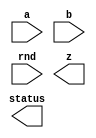

////////////////////////////////////////////////////////////////////////////////
//
//       This confidential and proprietary software may be used only
//     as authorized by a licensing agreement from Synopsys Inc.
//     In the event of publication, the following notice is applicable:
//
//                    (C) COPYRIGHT 2006 - 2018 SYNOPSYS INC.
//                           ALL RIGHTS RESERVED
//
//       The entire notice above must be reproduced on all authorized
//     copies.
//
//
// VERSION:   Verilog Simulation Model for DW_fp_div
//
// DesignWare_version: f6e5eef2
// DesignWare_release: O-2018.06-DWBB_201806.5
//
////////////////////////////////////////////////////////////////////////////////

//-------------------------------------------------------------------------------
//
// ABSTRACT: Floating-Point Divider
//
//              DW_fp_div calculates the floating-point division
//              while supporting six rounding modes, including four IEEE
//              standard rounding modes.
//
//              parameters      valid values (defined in the DW manual)
//              ==========      ============
//              sig_width       significand size,  2 to 253 bits
//              exp_width       exponent size,     3 to 31 bits
//              ieee_compliance support the IEEE Compliance 
//                              0 - IEEE 754 compatible without denormal support
//                                  (NaN becomes Infinity, Denormal becomes Zero)
//                              1 - IEEE 754 compatible with denormal support
//                                  (NaN and denormal numbers are supported)
//              faithful_round  select the faithful_rounding that admits 1 ulp error
//                              0 - default value. it keeps all rounding modes
//                              1 - z has 1 ulp error. RND input does not affect
//                                  the output
//
//              Input ports     Size & Description
//              ===========     ==================
//              a               (sig_width + exp_width + 1)-bits
//                              Floating-point Number Input
//              b               (sig_width + exp_width + 1)-bits
//                              Floating-point Number Input
//              rnd             3 bits
//                              Rounding Mode Input
//
//              Output ports    Size & Description
//              ============    ==================
//              z               (sig_width + exp_width + 1)-bits
//                              Floating-point Number Output
//              status          8 bits
//                              Status Flags Output
//

// MODIFIED: 
//   5/7/2007 (0703-SP2):
//     Fixed the rounding error of denormal numbers when ieee_compliance = 1
//   10/18/2007 (0712):
//     Fixed the 'divide by zero' flag when 0/0 
//   1/2/2008 (0712-SP1):
//     New parameter, faithful_round, is introduced
//   6/4/2010 (2010.03-SP3):
//     Removed VCS error [IRIPS] when sig_width = 2 and 3.
//   3/31/2017 (2016.12-SP3): STAR 9001167381
//     Fix of output z between zero and minnorm issue
//   6/15/2017 (2016.12-SP5): Fix of STAR 9001189734 and 9001210054
//   5/01/2018 (2018.06): Modification for the full parameter coverage
//                        at each implementation.
//-----------------------------------------------------------------------------

module DW_fp_div (a, b, rnd, z, status);

  parameter integer sig_width = 10;      // range 2 to 253
  parameter integer exp_width = 5;       // range 3 to 31
  parameter integer ieee_compliance = 0; // range 0 to 1
  parameter integer faithful_round = 0;  // range 0 to 1

  input  [sig_width + exp_width:0] a;
  input  [sig_width + exp_width:0] b;
  input  [2:0] rnd;
  output [sig_width + exp_width:0] z;
  output [7:0] status;

  // synopsys translate_off






  localparam OIIlOlO1 = (faithful_round == 1) && (sig_width >= 11) && (sig_width <= 57);

  //-------------------------------------------------------------------------
  // parameter legality check
  //-------------------------------------------------------------------------
    
 
  initial begin : parameter_check
    integer param_err_flg;

    param_err_flg = 0;
    
      
    if ( (sig_width < 2) || (sig_width > 253) ) begin
      param_err_flg = 1;
      $display(
	"ERROR: %m :\n  Invalid value (%d) for parameter sig_width (legal range: 2 to 253)",
	sig_width );
    end
      
    if ( (exp_width < 3) || (exp_width > 31) ) begin
      param_err_flg = 1;
      $display(
	"ERROR: %m :\n  Invalid value (%d) for parameter exp_width (legal range: 3 to 31)",
	exp_width );
    end
      
    if ( (ieee_compliance < 0) || (ieee_compliance > 1) ) begin
      param_err_flg = 1;
      $display(
	"ERROR: %m :\n  Invalid value (%d) for parameter ieee_compliance (legal range: 0 to 1)",
	ieee_compliance );
    end
      
    if ( (faithful_round < 0) || (faithful_round > 1) ) begin
      param_err_flg = 1;
      $display(
	"ERROR: %m :\n  Invalid value (%d) for parameter faithful_round (legal range: 0 to 1)",
	faithful_round );
    end
    
    if ( param_err_flg == 1) begin
      $display(
        "%m :\n  Simulation aborted due to invalid parameter value(s)");
      $finish;
    end

  end // parameter_check 

  //-------------------------------------------------------------------------


  function [4-1:0] lOOOII1l;
  
    input [2:0] rnd;
    input [0:0] lO011100;
    input [0:0] I0O0O0OO,O011IOO0,I101O11O;

    begin
      lOOOII1l[0] = 0;
      lOOOII1l[1] = O011IOO0|I101O11O;
      lOOOII1l[2] = 0;
      lOOOII1l[3] = 0;
      
      if ($time > 0)
      begin
        case (rnd)
          3'b000:
          begin
            // round to nearest (even)
            lOOOII1l[0] = O011IOO0&(I0O0O0OO|I101O11O);
            lOOOII1l[2] = 1;
            lOOOII1l[3] = 0;
          end
          3'b001:
          begin
            // round to zero
            lOOOII1l[0] = 0;
            lOOOII1l[2] = 0;
            lOOOII1l[3] = 0;
          end
          3'b010:
          begin
            // round to positive infinity
            lOOOII1l[0] = ~lO011100 & (O011IOO0|I101O11O);
            lOOOII1l[2] = ~lO011100;
            lOOOII1l[3] = ~lO011100;
          end
          3'b011:
          begin
            // round to negative infinity
            lOOOII1l[0] = lO011100 & (O011IOO0|I101O11O);
            lOOOII1l[2] = lO011100;
            lOOOII1l[3] = lO011100;
          end
          3'b100:
          begin
            // round to nearest (up)
            lOOOII1l[0] = O011IOO0;
            lOOOII1l[2] = 1;
            lOOOII1l[3] = 0;
          end
          3'b101:
          begin
            // round away form 0
            lOOOII1l[0] = O011IOO0|I101O11O;
            lOOOII1l[2] = 1;
            lOOOII1l[3] = 1;
          end
          default:
          begin
            $display("error! illegal rounding mode.\n");
            $display("a : %b", a);
            $display("rnd : %b", rnd);
          end
        endcase
      end
    end
  endfunction

  reg [(exp_width + sig_width):0] l1l1O100;
  reg [exp_width-1:0] lO101111,lI00O00I;
  reg signed [((exp_width <= 29) ? (((1 << exp_width) + sig_width + ((1 << (exp_width-1)) - 1) - 1>65536)?(((1 << exp_width) + sig_width + ((1 << (exp_width-1)) - 1) - 1>16777216)?(((1 << exp_width) + sig_width + ((1 << (exp_width-1)) - 1) - 1>268435456)?(((1 << exp_width) + sig_width + ((1 << (exp_width-1)) - 1) - 1>536870912)?30:29):(((1 << exp_width) + sig_width + ((1 << (exp_width-1)) - 1) - 1>67108864)?(((1 << exp_width) + sig_width + ((1 << (exp_width-1)) - 1) - 1>134217728)?28:27):(((1 << exp_width) + sig_width + ((1 << (exp_width-1)) - 1) - 1>33554432)?26:25))):(((1 << exp_width) + sig_width + ((1 << (exp_width-1)) - 1) - 1>1048576)?(((1 << exp_width) + sig_width + ((1 << (exp_width-1)) - 1) - 1>4194304)?(((1 << exp_width) + sig_width + ((1 << (exp_width-1)) - 1) - 1>8388608)?24:23):(((1 << exp_width) + sig_width + ((1 << (exp_width-1)) - 1) - 1>2097152)?22:21)):(((1 << exp_width) + sig_width + ((1 << (exp_width-1)) - 1) - 1>262144)?(((1 << exp_width) + sig_width + ((1 << (exp_width-1)) - 1) - 1>524288)?20:19):(((1 << exp_width) + sig_width + ((1 << (exp_width-1)) - 1) - 1>131072)?18:17)))):(((1 << exp_width) + sig_width + ((1 << (exp_width-1)) - 1) - 1>256)?(((1 << exp_width) + sig_width + ((1 << (exp_width-1)) - 1) - 1>4096)?(((1 << exp_width) + sig_width + ((1 << (exp_width-1)) - 1) - 1>16384)?(((1 << exp_width) + sig_width + ((1 << (exp_width-1)) - 1) - 1>32768)?16:15):(((1 << exp_width) + sig_width + ((1 << (exp_width-1)) - 1) - 1>8192)?14:13)):(((1 << exp_width) + sig_width + ((1 << (exp_width-1)) - 1) - 1>1024)?(((1 << exp_width) + sig_width + ((1 << (exp_width-1)) - 1) - 1>2048)?12:11):(((1 << exp_width) + sig_width + ((1 << (exp_width-1)) - 1) - 1>512)?10:9))):(((1 << exp_width) + sig_width + ((1 << (exp_width-1)) - 1) - 1>16)?(((1 << exp_width) + sig_width + ((1 << (exp_width-1)) - 1) - 1>64)?(((1 << exp_width) + sig_width + ((1 << (exp_width-1)) - 1) - 1>128)?8:7):(((1 << exp_width) + sig_width + ((1 << (exp_width-1)) - 1) - 1>32)?6:5)):(((1 << exp_width) + sig_width + ((1 << (exp_width-1)) - 1) - 1>4)?(((1 << exp_width) + sig_width + ((1 << (exp_width-1)) - 1) - 1>8)?4:3):(((1 << exp_width) + sig_width + ((1 << (exp_width-1)) - 1) - 1>2)?2:1))))) + 1 : exp_width + ((sig_width>65536)?((sig_width>16777216)?((sig_width>268435456)?((sig_width>536870912)?30:29):((sig_width>67108864)?((sig_width>134217728)?28:27):((sig_width>33554432)?26:25))):((sig_width>1048576)?((sig_width>4194304)?((sig_width>8388608)?24:23):((sig_width>2097152)?22:21)):((sig_width>262144)?((sig_width>524288)?20:19):((sig_width>131072)?18:17)))):((sig_width>256)?((sig_width>4096)?((sig_width>16384)?((sig_width>32768)?16:15):((sig_width>8192)?14:13)):((sig_width>1024)?((sig_width>2048)?12:11):((sig_width>512)?10:9))):((sig_width>16)?((sig_width>64)?((sig_width>128)?8:7):((sig_width>32)?6:5)):((sig_width>4)?((sig_width>8)?4:3):((sig_width>2)?2:1))))) + 2) - 1:0] IOO1O01O;
  reg signed [((exp_width <= 29) ? (((1 << exp_width) + sig_width + ((1 << (exp_width-1)) - 1) - 1>65536)?(((1 << exp_width) + sig_width + ((1 << (exp_width-1)) - 1) - 1>16777216)?(((1 << exp_width) + sig_width + ((1 << (exp_width-1)) - 1) - 1>268435456)?(((1 << exp_width) + sig_width + ((1 << (exp_width-1)) - 1) - 1>536870912)?30:29):(((1 << exp_width) + sig_width + ((1 << (exp_width-1)) - 1) - 1>67108864)?(((1 << exp_width) + sig_width + ((1 << (exp_width-1)) - 1) - 1>134217728)?28:27):(((1 << exp_width) + sig_width + ((1 << (exp_width-1)) - 1) - 1>33554432)?26:25))):(((1 << exp_width) + sig_width + ((1 << (exp_width-1)) - 1) - 1>1048576)?(((1 << exp_width) + sig_width + ((1 << (exp_width-1)) - 1) - 1>4194304)?(((1 << exp_width) + sig_width + ((1 << (exp_width-1)) - 1) - 1>8388608)?24:23):(((1 << exp_width) + sig_width + ((1 << (exp_width-1)) - 1) - 1>2097152)?22:21)):(((1 << exp_width) + sig_width + ((1 << (exp_width-1)) - 1) - 1>262144)?(((1 << exp_width) + sig_width + ((1 << (exp_width-1)) - 1) - 1>524288)?20:19):(((1 << exp_width) + sig_width + ((1 << (exp_width-1)) - 1) - 1>131072)?18:17)))):(((1 << exp_width) + sig_width + ((1 << (exp_width-1)) - 1) - 1>256)?(((1 << exp_width) + sig_width + ((1 << (exp_width-1)) - 1) - 1>4096)?(((1 << exp_width) + sig_width + ((1 << (exp_width-1)) - 1) - 1>16384)?(((1 << exp_width) + sig_width + ((1 << (exp_width-1)) - 1) - 1>32768)?16:15):(((1 << exp_width) + sig_width + ((1 << (exp_width-1)) - 1) - 1>8192)?14:13)):(((1 << exp_width) + sig_width + ((1 << (exp_width-1)) - 1) - 1>1024)?(((1 << exp_width) + sig_width + ((1 << (exp_width-1)) - 1) - 1>2048)?12:11):(((1 << exp_width) + sig_width + ((1 << (exp_width-1)) - 1) - 1>512)?10:9))):(((1 << exp_width) + sig_width + ((1 << (exp_width-1)) - 1) - 1>16)?(((1 << exp_width) + sig_width + ((1 << (exp_width-1)) - 1) - 1>64)?(((1 << exp_width) + sig_width + ((1 << (exp_width-1)) - 1) - 1>128)?8:7):(((1 << exp_width) + sig_width + ((1 << (exp_width-1)) - 1) - 1>32)?6:5)):(((1 << exp_width) + sig_width + ((1 << (exp_width-1)) - 1) - 1>4)?(((1 << exp_width) + sig_width + ((1 << (exp_width-1)) - 1) - 1>8)?4:3):(((1 << exp_width) + sig_width + ((1 << (exp_width-1)) - 1) - 1>2)?2:1))))) + 1 : exp_width + ((sig_width>65536)?((sig_width>16777216)?((sig_width>268435456)?((sig_width>536870912)?30:29):((sig_width>67108864)?((sig_width>134217728)?28:27):((sig_width>33554432)?26:25))):((sig_width>1048576)?((sig_width>4194304)?((sig_width>8388608)?24:23):((sig_width>2097152)?22:21)):((sig_width>262144)?((sig_width>524288)?20:19):((sig_width>131072)?18:17)))):((sig_width>256)?((sig_width>4096)?((sig_width>16384)?((sig_width>32768)?16:15):((sig_width>8192)?14:13)):((sig_width>1024)?((sig_width>2048)?12:11):((sig_width>512)?10:9))):((sig_width>16)?((sig_width>64)?((sig_width>128)?8:7):((sig_width>32)?6:5)):((sig_width>4)?((sig_width>8)?4:3):((sig_width>2)?2:1))))) + 2) - 1:0] O10101O1;
  reg I1O1O11O;
  reg lO1O0OI1;
  reg [exp_width+1:0] IO10IOO1;
  reg signed [((exp_width <= 29) ? (((1 << exp_width) + sig_width + ((1 << (exp_width-1)) - 1) - 1>65536)?(((1 << exp_width) + sig_width + ((1 << (exp_width-1)) - 1) - 1>16777216)?(((1 << exp_width) + sig_width + ((1 << (exp_width-1)) - 1) - 1>268435456)?(((1 << exp_width) + sig_width + ((1 << (exp_width-1)) - 1) - 1>536870912)?30:29):(((1 << exp_width) + sig_width + ((1 << (exp_width-1)) - 1) - 1>67108864)?(((1 << exp_width) + sig_width + ((1 << (exp_width-1)) - 1) - 1>134217728)?28:27):(((1 << exp_width) + sig_width + ((1 << (exp_width-1)) - 1) - 1>33554432)?26:25))):(((1 << exp_width) + sig_width + ((1 << (exp_width-1)) - 1) - 1>1048576)?(((1 << exp_width) + sig_width + ((1 << (exp_width-1)) - 1) - 1>4194304)?(((1 << exp_width) + sig_width + ((1 << (exp_width-1)) - 1) - 1>8388608)?24:23):(((1 << exp_width) + sig_width + ((1 << (exp_width-1)) - 1) - 1>2097152)?22:21)):(((1 << exp_width) + sig_width + ((1 << (exp_width-1)) - 1) - 1>262144)?(((1 << exp_width) + sig_width + ((1 << (exp_width-1)) - 1) - 1>524288)?20:19):(((1 << exp_width) + sig_width + ((1 << (exp_width-1)) - 1) - 1>131072)?18:17)))):(((1 << exp_width) + sig_width + ((1 << (exp_width-1)) - 1) - 1>256)?(((1 << exp_width) + sig_width + ((1 << (exp_width-1)) - 1) - 1>4096)?(((1 << exp_width) + sig_width + ((1 << (exp_width-1)) - 1) - 1>16384)?(((1 << exp_width) + sig_width + ((1 << (exp_width-1)) - 1) - 1>32768)?16:15):(((1 << exp_width) + sig_width + ((1 << (exp_width-1)) - 1) - 1>8192)?14:13)):(((1 << exp_width) + sig_width + ((1 << (exp_width-1)) - 1) - 1>1024)?(((1 << exp_width) + sig_width + ((1 << (exp_width-1)) - 1) - 1>2048)?12:11):(((1 << exp_width) + sig_width + ((1 << (exp_width-1)) - 1) - 1>512)?10:9))):(((1 << exp_width) + sig_width + ((1 << (exp_width-1)) - 1) - 1>16)?(((1 << exp_width) + sig_width + ((1 << (exp_width-1)) - 1) - 1>64)?(((1 << exp_width) + sig_width + ((1 << (exp_width-1)) - 1) - 1>128)?8:7):(((1 << exp_width) + sig_width + ((1 << (exp_width-1)) - 1) - 1>32)?6:5)):(((1 << exp_width) + sig_width + ((1 << (exp_width-1)) - 1) - 1>4)?(((1 << exp_width) + sig_width + ((1 << (exp_width-1)) - 1) - 1>8)?4:3):(((1 << exp_width) + sig_width + ((1 << (exp_width-1)) - 1) - 1>2)?2:1))))) + 1 : exp_width + ((sig_width>65536)?((sig_width>16777216)?((sig_width>268435456)?((sig_width>536870912)?30:29):((sig_width>67108864)?((sig_width>134217728)?28:27):((sig_width>33554432)?26:25))):((sig_width>1048576)?((sig_width>4194304)?((sig_width>8388608)?24:23):((sig_width>2097152)?22:21)):((sig_width>262144)?((sig_width>524288)?20:19):((sig_width>131072)?18:17)))):((sig_width>256)?((sig_width>4096)?((sig_width>16384)?((sig_width>32768)?16:15):((sig_width>8192)?14:13)):((sig_width>1024)?((sig_width>2048)?12:11):((sig_width>512)?10:9))):((sig_width>16)?((sig_width>64)?((sig_width>128)?8:7):((sig_width>32)?6:5)):((sig_width>4)?((sig_width>8)?4:3):((sig_width>2)?2:1))))) + 2) - 1:0] l10OO10O;
  reg OlOO00lO;
  reg [sig_width:0] OOIl0010,IOOl0lII,l11Illl0,lO001Ol0,I0OI1lO0;
  reg [sig_width:0] IOIlII10;
  reg [(2 * sig_width + 2)  :0] O10110O1;
  reg [sig_width:0] O011IOO0;
  reg I101O11O,lO011100;
  reg [1:0] I11IO1I1;
  reg [4-1:0] OO000O0O;
  reg [8    -1:0] O00OO1I0;
  reg [(exp_width + sig_width):0] IIl1O10O;
  reg [(exp_width + sig_width):0] I00lIO1l;
  reg lOI111I1;
  reg O100O11l;
  reg l10OO1I0;
  reg l1O1Ol0O;
  reg I000lO00;
  reg l1OllI0I;
  reg lO00I10I;
  reg IIIl11O1;
  reg OOO111OO;
  reg l000I1O0;
  reg [sig_width - 1:0] O00O1Ol1;
  reg [sig_width - 1:0] II01O1O0;
  reg [7:0] OIIO0OOl;
  reg [7:0] l0III011;
  reg signed [((exp_width <= 29) ? (((1 << exp_width) + sig_width + ((1 << (exp_width-1)) - 1) - 1>65536)?(((1 << exp_width) + sig_width + ((1 << (exp_width-1)) - 1) - 1>16777216)?(((1 << exp_width) + sig_width + ((1 << (exp_width-1)) - 1) - 1>268435456)?(((1 << exp_width) + sig_width + ((1 << (exp_width-1)) - 1) - 1>536870912)?30:29):(((1 << exp_width) + sig_width + ((1 << (exp_width-1)) - 1) - 1>67108864)?(((1 << exp_width) + sig_width + ((1 << (exp_width-1)) - 1) - 1>134217728)?28:27):(((1 << exp_width) + sig_width + ((1 << (exp_width-1)) - 1) - 1>33554432)?26:25))):(((1 << exp_width) + sig_width + ((1 << (exp_width-1)) - 1) - 1>1048576)?(((1 << exp_width) + sig_width + ((1 << (exp_width-1)) - 1) - 1>4194304)?(((1 << exp_width) + sig_width + ((1 << (exp_width-1)) - 1) - 1>8388608)?24:23):(((1 << exp_width) + sig_width + ((1 << (exp_width-1)) - 1) - 1>2097152)?22:21)):(((1 << exp_width) + sig_width + ((1 << (exp_width-1)) - 1) - 1>262144)?(((1 << exp_width) + sig_width + ((1 << (exp_width-1)) - 1) - 1>524288)?20:19):(((1 << exp_width) + sig_width + ((1 << (exp_width-1)) - 1) - 1>131072)?18:17)))):(((1 << exp_width) + sig_width + ((1 << (exp_width-1)) - 1) - 1>256)?(((1 << exp_width) + sig_width + ((1 << (exp_width-1)) - 1) - 1>4096)?(((1 << exp_width) + sig_width + ((1 << (exp_width-1)) - 1) - 1>16384)?(((1 << exp_width) + sig_width + ((1 << (exp_width-1)) - 1) - 1>32768)?16:15):(((1 << exp_width) + sig_width + ((1 << (exp_width-1)) - 1) - 1>8192)?14:13)):(((1 << exp_width) + sig_width + ((1 << (exp_width-1)) - 1) - 1>1024)?(((1 << exp_width) + sig_width + ((1 << (exp_width-1)) - 1) - 1>2048)?12:11):(((1 << exp_width) + sig_width + ((1 << (exp_width-1)) - 1) - 1>512)?10:9))):(((1 << exp_width) + sig_width + ((1 << (exp_width-1)) - 1) - 1>16)?(((1 << exp_width) + sig_width + ((1 << (exp_width-1)) - 1) - 1>64)?(((1 << exp_width) + sig_width + ((1 << (exp_width-1)) - 1) - 1>128)?8:7):(((1 << exp_width) + sig_width + ((1 << (exp_width-1)) - 1) - 1>32)?6:5)):(((1 << exp_width) + sig_width + ((1 << (exp_width-1)) - 1) - 1>4)?(((1 << exp_width) + sig_width + ((1 << (exp_width-1)) - 1) - 1>8)?4:3):(((1 << exp_width) + sig_width + ((1 << (exp_width-1)) - 1) - 1>2)?2:1))))) + 1 : exp_width + ((sig_width>65536)?((sig_width>16777216)?((sig_width>268435456)?((sig_width>536870912)?30:29):((sig_width>67108864)?((sig_width>134217728)?28:27):((sig_width>33554432)?26:25))):((sig_width>1048576)?((sig_width>4194304)?((sig_width>8388608)?24:23):((sig_width>2097152)?22:21)):((sig_width>262144)?((sig_width>524288)?20:19):((sig_width>131072)?18:17)))):((sig_width>256)?((sig_width>4096)?((sig_width>16384)?((sig_width>32768)?16:15):((sig_width>8192)?14:13)):((sig_width>1024)?((sig_width>2048)?12:11):((sig_width>512)?10:9))):((sig_width>16)?((sig_width>64)?((sig_width>128)?8:7):((sig_width>32)?6:5)):((sig_width>4)?((sig_width>8)?4:3):((sig_width>2)?2:1))))) + 2) - 1:0] OO0lIO1O;
  reg [sig_width:0] II0IIO1O;
  reg [sig_width:0] O1lO00O0;
  reg [sig_width:0] I0I0Il0O;
  reg [8:0] l110l11I;
  reg [8:0] IO00O1O1;
  reg [9:0] IOOlIOOO;
  reg [sig_width + 9:0] OOI10OIO;
  reg l0IO1lOO;
  reg [8:0] OO0OO1I0;
  reg [sig_width + 9:0] O00OI010;
  reg [sig_width + 1:0] IOIlOO00;
  reg [(2 * (sig_width - 3)) - 1:0] O0O0IIII;
  reg [sig_width + 3:0] II11llO0;
  reg [sig_width + 3:0] l0101100;
  reg [sig_width + 3:0] l0I1OOll;
  reg OIlI10I1;
  reg [sig_width + 3:0] Ol1O10O0;
  reg [((sig_width >= 11) ? 2 * sig_width - 21 : 0):0] O1l11OIO;
  reg [((sig_width >= 11) ? sig_width - 11 : 0):0] Il101Il1;
  reg [((sig_width >= 11) ? 2 * sig_width - 21 : 0):0] IOll10OO;
  reg [sig_width + 3:0] O0l0O011;
  reg OOO01OO1;
  reg [sig_width + 3:0] O0O1011O;
  reg [((sig_width >= 25) ? sig_width - 25 : 0):0] llOO0II1;
  reg [((sig_width >= 24) ? 2 * sig_width - 47 : 0):0] O010I0IO;
  reg [((sig_width >= 24) ? 2 * sig_width - 47 : 0):0] OOOl110I;
  reg [((sig_width >= 25) ? sig_width - 25 : 0):0] O00O00O1;
  reg [sig_width + 3:0] lI100I0I;
  reg I10l01Il;
  reg [sig_width + 3:0] O1O0011O;
  reg [8:0] O1O1O01l;
  reg [sig_width + 3:0] l0I1OI0l;
  reg [sig_width + 3:0] IIOI0lOO;
  reg [sig_width + 3:0] O11OOOOl;
  reg [8:8 - sig_width] OO1110O0;
  reg [sig_width:0] I01II0I0;
  reg [sig_width:0] IOIOI010;
  reg [sig_width:0] IOO101lO;
  reg [sig_width:0] OlIlOOIO;
  reg I010IlI0;
  reg I11OIl0O;
  reg Ol01O010;
  reg Ol011lO0;
  reg I11OOI1O;
  reg [((sig_width >= 25) ? sig_width - 23 + 0 : 0) - 1:0] I110OIOO;
  reg [(2 * ((sig_width >= 25) ? sig_width - 23 + 0 : 0)) - 1:0] O0OOIl0l;
  reg [((((sig_width >= 25) ? 2 * sig_width - 47 : 0) + 2 * 0) - (((sig_width >= 25) ? sig_width - 23 : 0) + 2 * 0 - 0) + 1) - 1:0] lI0I111I;
  reg [(((sig_width >= 25) ? sig_width + 3 : 0) - (((sig_width >= 25) ? 27 : 0) - 0) + 1) - 1:0] O10I0O00;
  reg [(((((sig_width >= 25) ? 2 * sig_width - 47 : 0) + 2 * 0) - (((sig_width >= 25) ? sig_width - 23 : 0) + 2 * 0 - 0) + 1) + (((sig_width >= 25) ? sig_width + 3 : 0) - (((sig_width >= 25) ? 27 : 0) - 0) + 1)) - 1:0] O100101I;
  reg [(sig_width - 24) - 1:0] O0OI1IO1;
  reg [(((sig_width >= 11) ? sig_width + 1 : 0) - (((sig_width >= 11) ? 12 : 0) - 0) + 1) - 1:0] lI1I01Ol;
  reg [(2 * (((sig_width >= 11) ? sig_width + 1 : 0) - (((sig_width >= 11) ? 12 : 0) - 0) + 1)) - 1:0] I0l1O011;
  reg [((((sig_width >= 11) ? 2 * sig_width - 21 : 0) + 2 * 0) - (((sig_width >= 11) ? sig_width - 10 : 0) + 2 * 0) + 1 + 0) - 1:0] l0OOOIll;
  reg [(((sig_width >= 11) ? sig_width + 3 : 0) - ((sig_width >= 11) ? 14 : 0) + 1) - 1:0] lO0110ll;
  reg [((((sig_width >= 11) ? sig_width + 3 : 0) - ((sig_width >= 11) ? 14 : 0) + 1) + ((((sig_width >= 11) ? 2 * sig_width - 21 : 0) + 2 * 0) - (((sig_width >= 11) ? sig_width - 10 : 0) + 2 * 0) + 1 + 0)) - 1:0] IO0I1O10;
  reg [(2 * ((sig_width - 3) + 2)) - 1:0] O101OOOO;
  reg [(sig_width + 4 + 2) - 1:0] O010OOO1;
  reg [(sig_width + 4 + 2) - 1:0] O1I10I10;
  reg [(sig_width + 4 + 2) - 1:0] l101O0Ol;



  always @(a or b or rnd) begin : DW_O1OO11I0
    lO011100 = a[(exp_width + sig_width)] ^ b[(exp_width + sig_width)];
    lO101111 = a[((exp_width + sig_width) - 1):sig_width];
    lI00O00I = b[((exp_width + sig_width) - 1):sig_width];
    O00O1Ol1 = a[(sig_width - 1):0];
    II01O1O0 = b[(sig_width - 1):0];
    OIIO0OOl = 0;
    l0III011 = 0;
    IOIlII10 = 0;

    O00OO1I0 = 0;

    // division table for special inputs
    //
    //  -------------------------------------------------
    //         a      /       b      |       result
    //  -------------------------------------------------
    //        nan     |      any     |        nan
    //        any     |      nan     |        nan
    //        inf     |      inf     |        nan
    //         0      |       0      |        nan
    //        inf     |      any     |        inf
    //        any     |       0      |        inf
    //         0      |      any     |         0
    //        any     |      inf     |         0
    //  -------------------------------------------------
    // when ieee_compliance = 0, 
    // denormal numbers are considered as zero and 
    // nans are considered as infinity

    if (ieee_compliance)
    begin
      lOI111I1 = (lO101111 == ((((1 << (exp_width-1)) - 1) * 2) + 1)) & (O00O1Ol1 == 0);
      O100O11l = (lI00O00I == ((((1 << (exp_width-1)) - 1) * 2) + 1)) & (II01O1O0 == 0);
      l10OO1I0 = (lO101111 == ((((1 << (exp_width-1)) - 1) * 2) + 1)) & (O00O1Ol1 != 0);
      l1O1Ol0O = (lI00O00I == ((((1 << (exp_width-1)) - 1) * 2) + 1)) & (II01O1O0 != 0);
      I000lO00 = (lO101111 == 0) & (O00O1Ol1 == 0);
      l1OllI0I = (lI00O00I == 0) & (II01O1O0 == 0);
      lO00I10I = (lO101111 == 0) & (O00O1Ol1 != 0);
      IIIl11O1 = (lI00O00I == 0) & (II01O1O0 != 0);

      IIl1O10O = {lO011100, {(exp_width){1'b1}}, {(sig_width){1'b0}}}; 
      I00lIO1l = {1'b0, {(exp_width){1'b1}}, {(sig_width - 1){1'b0}}, 1'b1};
    end
    else
    begin
      lOI111I1 = (lO101111 == ((((1 << (exp_width-1)) - 1) * 2) + 1));
      O100O11l = (lI00O00I == ((((1 << (exp_width-1)) - 1) * 2) + 1));
      l10OO1I0 = 0;
      l1O1Ol0O = 0;
      I000lO00 = (lO101111 == 0);
      l1OllI0I = (lI00O00I == 0);
      lO00I10I = 0;
      IIIl11O1 = 0;

      IIl1O10O = {lO011100, {(exp_width){1'b1}}, {(sig_width){1'b0}}};
      I00lIO1l = {1'b0, {(exp_width){1'b1}}, {(sig_width){1'b0}}};
    end

    O00OO1I0[7] = (ieee_compliance) ?
            l1OllI0I & ~(I000lO00 | l10OO1I0 | lOI111I1) :
            l1OllI0I & ~(I000lO00 | l10OO1I0); 

    if (l10OO1I0 || l1O1Ol0O || (lOI111I1 && O100O11l) || (I000lO00 && l1OllI0I)) begin : DW_lO0IO11l
      l1l1O100 = I00lIO1l;
      O00OO1I0[2] = 1;
    end
    else if (lOI111I1 || l1OllI0I) begin : DW_OOOOlOI0
      l1l1O100 = IIl1O10O;
      O00OO1I0[1] = 1;
    end
    else if (I000lO00 || O100O11l) begin : DW_I011I100
      O00OO1I0[0] = 1;
      l1l1O100 = 0;
      l1l1O100[(exp_width + sig_width)] = lO011100;
    end
  
    else begin : DW_ll0I1O1O
      if (ieee_compliance) begin
        if (lO00I10I) begin
          OOIl0010 = {1'b0, a[(sig_width - 1):0]};

          while(OOIl0010[sig_width] != 1) begin
            OOIl0010 = OOIl0010 << 1;
            OIIO0OOl = OIIO0OOl + 1;
          end
        end 
        else begin
          OOIl0010 = {1'b1, a[(sig_width - 1):0]};
        end

        if (IIIl11O1) begin
          IOOl0lII = {1'b0, b[(sig_width - 1):0]};
          while(IOOl0lII[sig_width] != 1) begin
            IOOl0lII = IOOl0lII << 1;
            l0III011 = l0III011 + 1;
          end
        end 
        else begin
          IOOl0lII = {1'b1, b[(sig_width - 1):0]};
        end
      end
      else begin
        OOIl0010 = {1'b1, a[(sig_width - 1):0]};
        IOOl0lII = {1'b1, b[(sig_width - 1):0]};
      end

      Ol01O010 = (OOIl0010 == IOOl0lII);
      I11OOI1O = (IOOl0lII[sig_width - 1:0] == 0);
      II0IIO1O = OOIl0010;
      O1lO00O0 = (ieee_compliance) ? IOOl0lII : {1'b1, II01O1O0};
      I0I0Il0O = (OIIlOlO1) ? O1lO00O0 : {O1lO00O0, 1'b0};
      l110l11I = (sig_width >= 9) ? I0I0Il0O[sig_width - 1:((sig_width >= 9) ? sig_width - 9 : 0)] : {I0I0Il0O[sig_width - 1:0], {(((sig_width >= 9) ? 1 : 9 - sig_width)){1'b0}}};
      IOOlIOOO = {1'b1, l110l11I[8:0]};
      IO00O1O1 = {1'b1, 18'b0} / (IOOlIOOO + 1);
      OOI10OIO = IO00O1O1 * II0IIO1O;
      l0IO1lOO = OOI10OIO[sig_width + 9];
      OO0OO1I0 = (l0IO1lOO) ? OOI10OIO[sig_width + 9:sig_width + 1] : OOI10OIO[sig_width + 8:sig_width];
      O00OI010 = I0I0Il0O * IO00O1O1;
      IOIlOO00 = ~O00OI010[sig_width + 1:0];

      O101OOOO = OOI10OIO[(sig_width + 10) - 1:(sig_width + 10) - (sig_width - 3) - 2] *
                IOIlOO00[(sig_width + 2) - 1:(sig_width + 2) - (sig_width - 3) - 2];
      O010OOO1 = {7'b0, O101OOOO[(2 * ((sig_width - 3) + 2)) - 1:(2 * ((sig_width - 3) + 2)) - (sig_width + 4 + 2) + 7]};
      O1I10I10 = OOI10OIO[(sig_width + 10) - 1:(sig_width + 10) - (sig_width + 4 + 2)];
      l101O0Ol = O1I10I10 + O010OOO1;

      O0O0IIII = (sig_width <= 8) ? 0 :
               OOI10OIO[sig_width + 9:((sig_width <= 8) ? 0 : sig_width + 9 - (sig_width - 3) + 1)] * 
               IOIlOO00[sig_width + 1:((sig_width <= 8) ? 0 : sig_width + 1 - (sig_width - 3) + 1)];
      l0101100 = (sig_width <= 8) ? 0 :
               {6'b0, O0O0IIII[((sig_width == 3) ? 0 : (2 * (sig_width - 3)) - 1):(2 * (sig_width - 3)) - 1 - sig_width + 5 - 1]};
      II11llO0 = OOI10OIO[sig_width + 9:6];
      l0I1OOll = II11llO0 + l0101100;
      OIlI10I1 = l0I1OOll[sig_width + 3];
      Ol1O10O0 = ((sig_width >= 14)) ?
             l101O0Ol[(sig_width + 4 + 2) - 1:(sig_width + 4 + 2) - (sig_width + 4)] :
             ((OIlI10I1) ? l0I1OOll : {l0I1OOll[sig_width + 2:0], 1'b0});

      lI1I01Ol = IOIlOO00[((sig_width >= 11) ? sig_width + 1 : 0):(((sig_width >= 11) ? 12 : 0) - 0)];
      O1l11OIO = (sig_width >= 11) ? IOIlOO00[((sig_width >= 11) ? sig_width + 1 : 0):((sig_width >= 11) ? 12 : 0)] * IOIlOO00[((sig_width >= 11) ? sig_width + 1 : 0):((sig_width >= 11) ? 12 : 0)] : 0;
      Il101Il1 = (sig_width >= 11) ? O1l11OIO[((sig_width >= 11) ? 2 * sig_width - 21 : 0):((sig_width >= 11) ? sig_width - 10 : 0)] : 0;
      IOll10OO = (sig_width >= 11) ? Ol1O10O0[((sig_width >= 11) ? sig_width + 3 : 0):((sig_width >= 11) ? 14 : 0)] * Il101Il1 : 0;

      O0l0O011 = Ol1O10O0 + IOll10OO[((sig_width >= 11) ? 2 * sig_width - 21 : 0):((sig_width >= 11) ? sig_width - 10 : 0)];
      OOO01OO1 = O0l0O011[sig_width + 3];
      O0O1011O = (sig_width <= 28) ? 
             ((OOO01OO1) ? O0l0O011 : {O0l0O011[sig_width + 2:0], 1'b0}) :
             O0l0O011;

      I110OIOO = l0OOOIll[((sig_width == 53)? ((((sig_width >= 11) ? 2 * sig_width - 21 : 0) + 2 * 0) - (((sig_width >= 11) ? sig_width - 10 : 0) + 2 * 0) + 1 + 0) - 1:0):((sig_width == 53)? ((((sig_width >= 11) ? 2 * sig_width - 21 : 0) + 2 * 0) - (((sig_width >= 11) ? sig_width - 10 : 0) + 2 * 0) + 1 + 0) - ((sig_width >= 25) ? sig_width - 23 + 0 : 0):0)];

      O0OOIl0l = I110OIOO * I110OIOO; 
      lI0I111I = O0OOIl0l[(((sig_width >= 25) ? 2 * sig_width - 47 : 0) + 2 * 0):(((sig_width >= 25) ? sig_width - 23 : 0) + 2 * 0 - 0)];
      O10I0O00 = O0O1011O[((sig_width >= 25) ? sig_width + 3 : 0):(((sig_width >= 25) ? 27 : 0) - 0)];
      O100101I = O10I0O00 * lI0I111I;
      O0OI1IO1 = O100101I[((sig_width == 53) ? (((((sig_width >= 25) ? 2 * sig_width - 47 : 0) + 2 * 0) - (((sig_width >= 25) ? sig_width - 23 : 0) + 2 * 0 - 0) + 1) + (((sig_width >= 25) ? sig_width + 3 : 0) - (((sig_width >= 25) ? 27 : 0) - 0) + 1)) - 1:0):((sig_width == 53) ? ((sig_width == 53) ? (((((sig_width >= 25) ? 2 * sig_width - 47 : 0) + 2 * 0) - (((sig_width >= 25) ? sig_width - 23 : 0) + 2 * 0 - 0) + 1) + (((sig_width >= 25) ? sig_width + 3 : 0) - (((sig_width >= 25) ? 27 : 0) - 0) + 1)) - 1:0) - (sig_width - 24) + 1:0)];

      llOO0II1 = (sig_width >= 25) ? Il101Il1[((sig_width >= 25) ? sig_width - 11 : 0):((sig_width >= 25) ? 13 : 0)] : 0;
      O010I0IO = llOO0II1 * llOO0II1;
      OOOl110I = (sig_width >= 25) ? O0O1011O[((sig_width >= 25) ? sig_width + 3 : 0):((sig_width >= 25) ? 27 : 0)] * O010I0IO[((sig_width >= 25) ? 2 * sig_width - 47 : 0):((sig_width >= 25) ? sig_width - 23 : 0)] : 0;
      O00O00O1 = (sig_width >= 25) ? OOOl110I[((sig_width >= 25) ? 2 * sig_width - 47 : 0):((sig_width >= 25) ? sig_width - 22 : 0)] : 0;
      lI100I0I = (sig_width >= 25) ? O0O1011O + O00O00O1 : O0O1011O;

      I10l01Il = lI100I0I[sig_width + 3];
      O1O0011O = ((I10l01Il) ? lI100I0I : {lI100I0I[sig_width + 2:0], 1'b0});

      O1O1O01l = (sig_width == 8) ? OO0OO1I0 + 1 : 
               (sig_width < 8)  ? OO0OO1I0 + {1'b1, {(((sig_width > 8) ? 0 : 8 - sig_width - 1) + 1){1'b0}}} : 
                                                 0;
      l0I1OI0l = Ol1O10O0 + 4'b1000;
      IIOI0lOO = O0O1011O + 4'b1000;
      O11OOOOl = O1O0011O + 4'b1000;

      OO1110O0 = (sig_width == 8) ? OO0OO1I0[8:((sig_width > 8) ? 0 : 8 - sig_width - 1) + 1] : 
                   (OO0OO1I0[((sig_width > 8) ? 0 : 8 - sig_width - 1)]) ? O1O1O01l[8:((sig_width > 8) ? 0 : 8 - sig_width - 1) + 1] : 
                                       OO0OO1I0[8:((sig_width > 8) ? 0 : 8 - sig_width - 1) + 1];
      I01II0I0 = (Ol1O10O0[2]) ? l0I1OI0l[sig_width + 3:3] : Ol1O10O0[sig_width + 3:3];
      IOIOI010 = (O0O1011O[2]) ? IIOI0lOO[sig_width + 3:3] : O0O1011O[sig_width + 3:3];
      IOO101lO = (O1O0011O[2]) ? O11OOOOl[sig_width + 3:3] : O1O0011O[sig_width + 3:3];

      OlIlOOIO = (sig_width <= 8) ? OO1110O0 : 
            (sig_width <= 13) ? I01II0I0 : 
            (sig_width <= 28) ? IOIOI010 : 
                                            IOO101lO;

      Ol011lO0 = (OIIlOlO1) ? (OlIlOOIO == 0) : 0;
      I010IlI0 = (sig_width <= 8) ? l0IO1lOO: (sig_width <= 14) ? OIlI10I1 : (sig_width <= 30) ? OOO01OO1 : I10l01Il;
      I11OIl0O = ~Ol01O010 & (II01O1O0 != 0);

      O10110O1 = {OOIl0010,{(sig_width + 2){1'b0}}} / IOOl0lII;
      O011IOO0 = (OIIlOlO1) ? I11OIl0O : {OOIl0010,{(sig_width + 2){1'b0}}} % IOOl0lII;

      // Sep 25 IOO1O01O = ($signed({1'b0, lO101111}) - $signed({1'b0, OIIO0OOl}) + $signed({1'b0, lO00I10I})) - ($signed({1'b0, lI00O00I}) - $signed({1'b0, l0III011}) + $signed({1'b0, IIIl11O1})) + $signed({1'b0, ((1 << (exp_width-1)) - 1)});
      IOO1O01O = ($signed({1'b0, lO101111}) - $signed({1'b0, OIIO0OOl}) + $signed({1'b0, lO00I10I})) - ($signed({1'b0, lI00O00I}) - $signed({1'b0, l0III011}) + $signed({1'b0, IIIl11O1})) + $signed({1'b0, 4'b1111});
      O10101O1 = IOO1O01O - $signed(2'b01);

      lO001Ol0 = (OIIlOlO1) ?
                   ((I11OOI1O & ~ieee_compliance) ? II0IIO1O : OlIlOOIO) :
                   ((~O10110O1[(sig_width + 2)]) ? O10110O1[(sig_width + 2) - 1:1] : O10110O1[(sig_width + 2):2]);
      I11IO1I1 = ~O10110O1[(sig_width + 2)] ? O10110O1[1:0] : O10110O1[2:1];
      l10OO10O = ~O10110O1[(sig_width + 2)] ? O10101O1 : IOO1O01O;
      OOO111OO = ((l10OO10O <= 0) | (l10OO10O[exp_width + 1] < 0));
      I101O11O = (OIIlOlO1) ? 
              ((I11OOI1O | Ol01O010) & ~OOO111OO ? 0 : 1) :
              ((O011IOO0===0)?1'b0:1'b1); 
      Ol01O010 = (OIIlOlO1) ? (OOIl0010 == IOOl0lII) : 0;

      if (ieee_compliance) begin
        if ((l10OO10O <= 0) | (l10OO10O < 0)) begin

          OO0lIO1O = 1 - l10OO10O + Ol01O010;
        
          {lO001Ol0, IOIlII10} = {lO001Ol0, {(sig_width + 1){1'b0}}} >> OO0lIO1O;

          if (OO0lIO1O > sig_width + 1) begin
            I101O11O = 1;
          end

          I11IO1I1[1] = lO001Ol0[0];
          I11IO1I1[0] = IOIlII10[sig_width];

          if (IOIlII10[sig_width - 1:0] != 0) begin
            I101O11O = 1;
          end
        end
      end

      OO000O0O = lOOOII1l(rnd, lO011100, I11IO1I1[1], I11IO1I1[0], I101O11O);
   
      I0OI1lO0 = (OIIlOlO1) ? lO001Ol0 :
                    (OO000O0O[0] === 1)? (lO001Ol0+1):lO001Ol0;
      l000I1O0 = (OIIlOlO1) ? (OOIl0010 < IOOl0lII) : 0;

      if ((l10OO10O >= ((((1 << (exp_width-1)) - 1) * 2) + 1)) & (l10OO10O >= 0)) begin
        O00OO1I0[4] = 1;
        O00OO1I0[5] = 1;
        if(OO000O0O[2] === 1) begin
          l11Illl0 = IIl1O10O[sig_width:0];
          IO10IOO1 = ((((1 << (exp_width-1)) - 1) * 2) + 1);
          O00OO1I0[1] = 1;
        end
        else begin
          l11Illl0 = -1;
          IO10IOO1 = ((((1 << (exp_width-1)) - 1) * 2) + 1) - 1;
        end
      end
  
      else if (l10OO10O <= 0) begin
        O00OO1I0[3] = 1'b1;

        if (ieee_compliance == 0) begin
          O00OO1I0[5] = 1;

          if ((l000I1O0 == 0) && ((l10OO10O == 0) && (lO001Ol0 == {(sig_width + 1){1'b1}})) && ((rnd == 0) || (rnd == 5) || ((rnd == 2) && (~lO011100)) || ((rnd == 3) && lO011100))) begin
            l11Illl0 = 0;
            IO10IOO1 = 1;
          end
          else begin
            if (OO000O0O[3] === 1) begin
              l11Illl0 = 0;
              IO10IOO1 = 0 + 1;
            end
            else begin
              l11Illl0 = 0;
              IO10IOO1 = 0;
              O00OO1I0[0] = 1;
            end
          end
        end
        else begin
          l11Illl0 = I0OI1lO0;

          IO10IOO1 = I0OI1lO0[sig_width];
        end
      end
      else begin
        l11Illl0 = (Ol01O010 & OIIlOlO1) ? 0 : I0OI1lO0;
        IO10IOO1 = l10OO10O;
      end

      if ((l11Illl0[sig_width - 1:0] == 0) & (IO10IOO1[exp_width - 1:0] == 0)) begin
        O00OO1I0[0] = 1;
      end
  
      O00OO1I0[5] = O00OO1I0[5] | OO000O0O[1];
   
      l1l1O100 = {lO011100,IO10IOO1[exp_width-1:0],l11Illl0[sig_width-1:0]};
    end
  end
   
  assign status = ((^(a ^ a) !== 1'b0) || (^(b ^ b) !== 1'b0) || (^(rnd ^ rnd) !== 1'b0)) ? {8'bx} : O00OO1I0;
  assign z = ((^(a ^ a) !== 1'b0) || (^(b ^ b) !== 1'b0) || (^(rnd ^ rnd) !== 1'b0)) ? {8'bx} : l1l1O100;

  // synopsys translate_on

endmodule
/* vcs gen_ip dbg_ip off */
 /* */